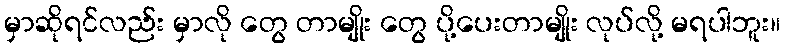
မှာဆိုရင်လည်း မှာလို တွေ တာမျိုး တွေ ပို့ပေးတာမျိုး လုပ်လို့ မရပါဘူး။